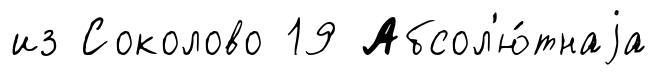
из Соколово 19 Абсол'ю́тнаjа